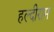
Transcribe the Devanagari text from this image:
हल्दीराम